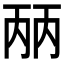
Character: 𰀕